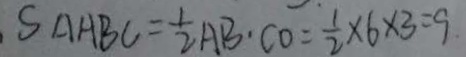
S _ { \Delta A B C } = \frac { 1 } { 2 } A B \cdot C O = \frac { 1 } { 2 } \times 6 \times 3 = 9 .